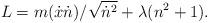
LaTeX: \begin{align*}L = m({\dot x}{\dot n})/{\sqrt{{\dot n}^2}}+ \lambda (n^2 + 1).\\\end{align*}